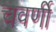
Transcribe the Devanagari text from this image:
चवर्णी